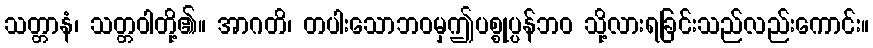
သတ္တာနံ၊ သတ္တဝါတို့၏။ အာဂတိ၊ တပါးသောဘဝမှဤပစ္စုပ္ပန်ဘဝ သို့လားရခြင်းသည်လည်းကောင်း။